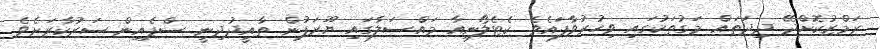
ރަމްޒުކޮށްދޭ ދިދަތައް މަގުތަކުގައި ވިހުރުވާފައެވެ. ކެޓެލޯނިއާ މައްސަލާގައި ޔޫރަޕުން ތާއީދުދިނީ ސްޕެއިން ސަރުކާރަށެވެ.